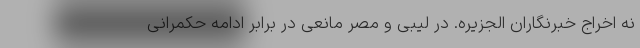
نه اخراج خبرنگاران الجزیره. در لیبی و مصر مانعی در برابر ادامه حکمرانی